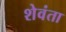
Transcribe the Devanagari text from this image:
शेवंता